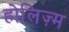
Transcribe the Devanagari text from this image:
होलिज़्म